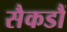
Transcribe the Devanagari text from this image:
सैकडौं